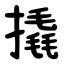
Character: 撬